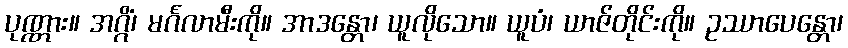
ပုဏ္ဏား။ အဂ္ဂိံ၊ မင်္ဂလာမီးကို။ အာဒန္တော၊ ယူလိုသော။ ယူပံ၊ ယာဇ်တိုင်းကို။ ဥဿာပေန္တော၊